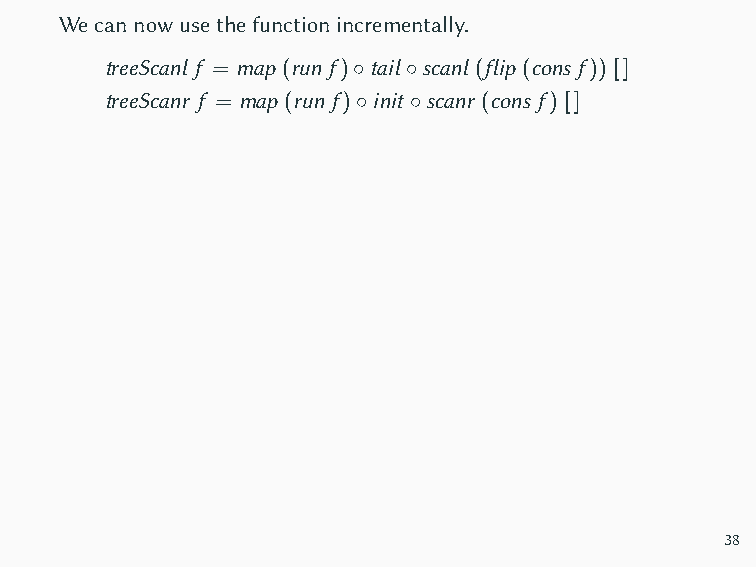
treeScanr merge
 (map pure [2,6,1,3,4,5]) ≡
 Wecould,forinstance,sort
 [[1,2,3,4,5,6]
 allofthetailsofalist
 ,[1,3,4,5,6]
 efficientlyinthisway.
 ,[1,3,4,5]
 (althoughI’mnotsurewhy
 ,[3,4,5]
 you’dwantto!)
 ,[4,5]
 ,[5]]
 Amorepracticaluseistoextractthek smallestelementsfromalist,
 whichcanbeachievedwithavariantonthisfold.
 Wecannowusethefunctionincrementally.
 treeScanl f = map (run f)◦tail◦scanl (flip (cons f)) []
 treeScanr f = map (run f)◦init ◦scanr (cons f) []
 38